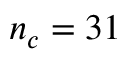
n _ { c } = 3 1